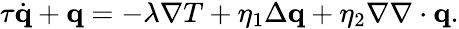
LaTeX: \begin{array}{r}{\tau\dot{\mathbf q}+\mathbf q=-\lambda\nabla T+\eta_{1}\Delta\mathbf q+\eta_{2}\nabla\nabla\cdot\mathbf q.}\end{array}